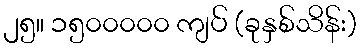
၂၅။ ၁၅၀၀၀၀၀ ကျပ် (ခုနှစ်သိန်း)